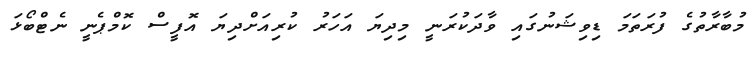
މުބާރާތުގެ ފުރަތަމަ ޑިިވިޝަނުގައި ވާދަކުރަނީ މިދިޔަ އަހަރު ކުރިއަށްދިޔަ އޮފީސް ކޮމްޕެނީ ނެޓްބޯޅަ